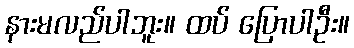
နားမလည်ပါဘူး။ ထပ် ပြောပါဦး။